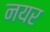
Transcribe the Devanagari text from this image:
नयर